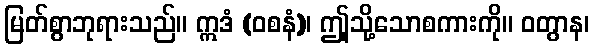
မြတ်စွာဘုရားသည်။ ဣဒံ (ဝစနံ)၊ ဤုသို့သောစကားကို။ ဝတွာန၊